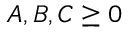
A , B , C \geq 0